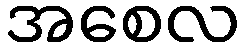
အစေလ